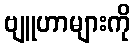
ဗျူဟာများကို